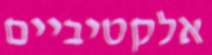
אלקטיביים